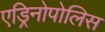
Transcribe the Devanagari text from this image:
एड्रिनोपोलिस